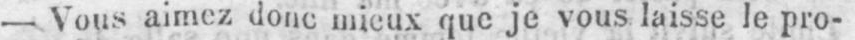
- Vous aimez donc mieux que je vous laisse le pro-